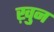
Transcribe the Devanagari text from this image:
ख़ुन